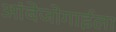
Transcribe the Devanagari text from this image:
आंबेजोगाईला